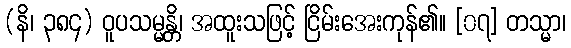
(နိ၊ ၃၈၄) ဝူပသမ္မန္တိ၊ အထူးသဖြင့် ငြိမ်းအေးကုန်၏။ [၀၇] တသ္မာ၊